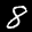
Label: 8